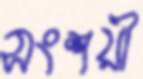
সংশয়ী